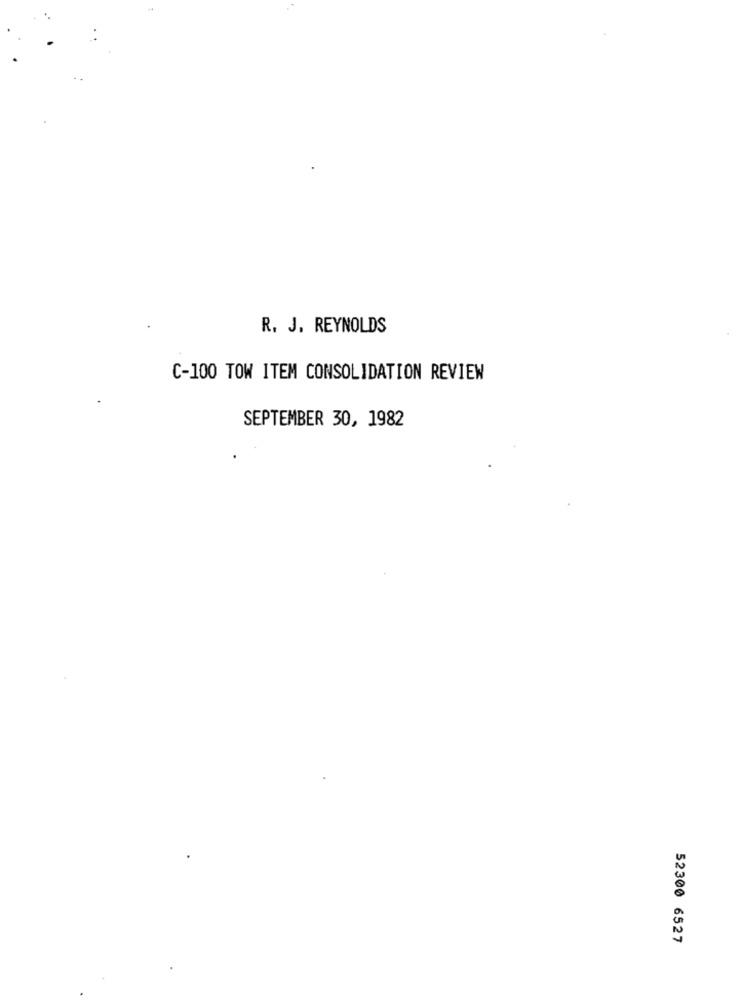
R. J. REYNOLDS
C-100 TOW ITEM CONSOLIDATION REVIEW
SEPTEMBER 30, 1982
52300 6527